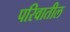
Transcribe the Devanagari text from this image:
परिवातील